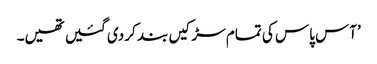
’آس پاس کی تمام سڑکیں بند کر دی گئیں تھیں۔